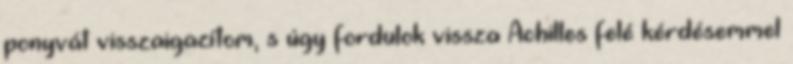
ponyvát visszaigazítom, s úgy fordulok vissza Achilles felé kérdésemmel